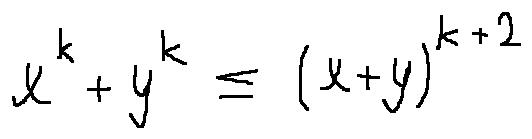
x ^ { k } + y ^ { k } \leq ( x + y ) ^ { k + 2 }